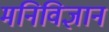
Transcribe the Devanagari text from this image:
मनिविज्ञान